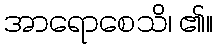
အာရောစေသိ၊ ၏။